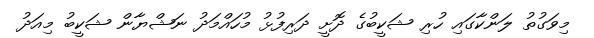
މިވަގުތު ލަންކާގައި ހުރި ޝަކީބުގެ ދޮށީ ދަރިފުޅު މުހައްމަދު ނަޝްޔާން ޝަކީބު މިއަދު